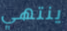
ينتهي